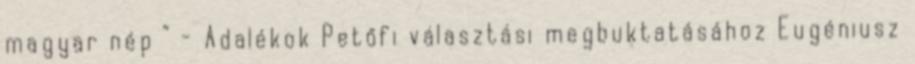
magyar nép ” - Adalékok Petőfi választási megbuktatásához Eugéniusz